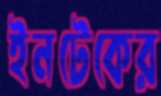
ইনটেকের